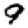
Digit: 9